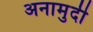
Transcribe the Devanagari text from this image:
अनामुदी